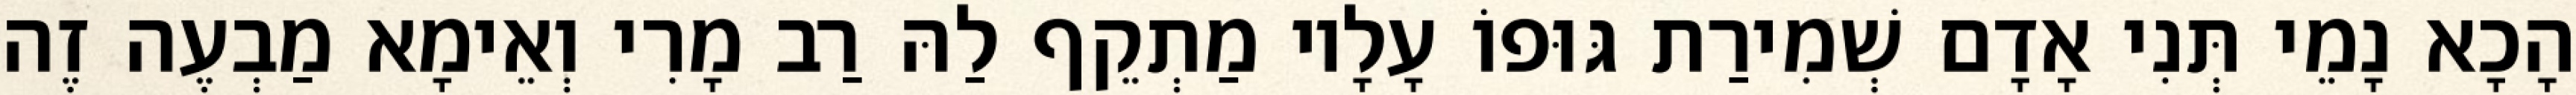
הָכָא נָמֵי תְּנִי אָדָם שְׁמִירַת גּוּפוֹ עָלָיו מַתְקֵף לַהּ רַב מָרִי וְאֵימָא מַבְעֶה זֶה